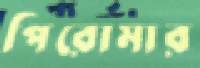
পিরোমার